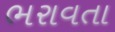
ભરાવતા